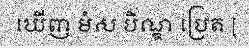
ឃើញ មំស បិណ្ឌ ប្រេត [